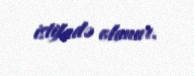
istifadə olunur.